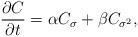
LaTeX: \begin{align*} \frac{\partial C}{\partial t}=\alpha C_{\sigma}+\beta C_{\sigma^2}, \end{align*}